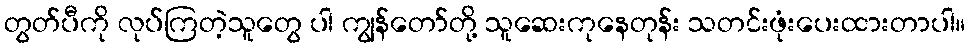
တွတ်ပီကို လုပ်ကြတဲ့သူတွေ ပါ ကျွန်တော်တို့ သူဆေးကုနေတုန်း သတင်းဖုံးပေးထားတာပါ။